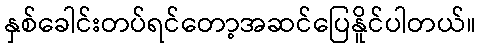
နှစ်ခေါင်းတပ်ရင်တော့အဆင်ပြေနိူင်ပါတယ်။